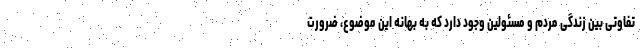
تفاوتی بین زندگی مردم و مسئولین وجود دارد که به بهانه این موضوع، ضرورت